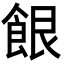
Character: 䬶